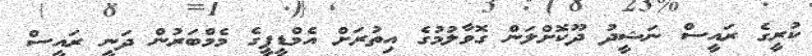
ކުރީގެ ރައީސް ނަޝީދު ދޫކޮށްލަން ގޮވާލުމުގެ އިތުރަށް އެމްޑީޕީގެ މެމްބަރުން ދަނީ ރައީސް